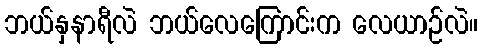
ဘယ်နှနာရီလဲ ဘယ်လေကြောင်းက လေယာဉ်လဲ။